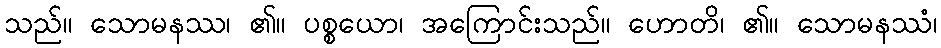
သည်။ သောမနဿ၊ ၏။ ပစ္စယော၊ အကြောင်းသည်။ ဟောတိ၊ ၏။ သောမနဿံ၊